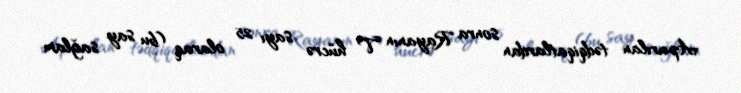
Aparılan tədqiqatlardan sonra Rayanın T hücrə sayı 25 olaraq (bu say sağlam